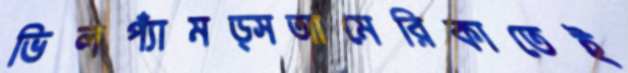
ভিলপ্যাঁমড্সআমেরিকাতেই